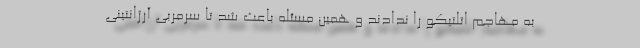
به مهاجم اتلتیکو را ندادند و همین مسئله باعث شد تا سرمربی آرژانتینی